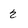
Character: 2